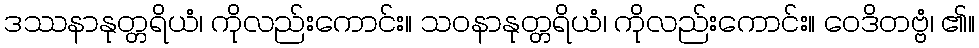
ဒဿနာနုတ္တရိယံ၊ ကိုလည်းကောင်း။ သဝနာနုတ္တရိယံ၊ ကိုလည်းကောင်း။ ဝေဒိတဗ္ဗံ၊ ၏။